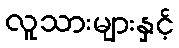
လူသားများနှင့်